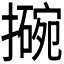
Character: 𫾊